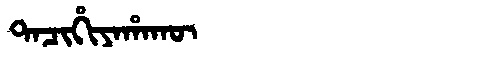
Manchu: ᡨᠠᠴᡳᡥᡳᠶᠠᡥᠠᡴᡡ
Romanization: TACIHIYAHAKŪ